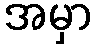
အမှာ